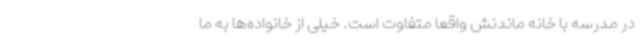
در مدرسه با خانه ماندنش واقعاً متفاوت است. خیلی از خانواده‌ها به ما